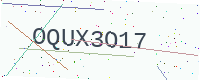
Text: OQUX3O17